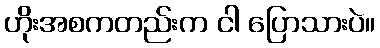
ဟိုးအစကတည်းက ငါ ပြောသားပဲ။